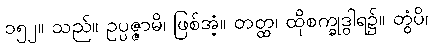
၁၅၂။ သည်။ ဥပ္ပဇ္ဇာမိ၊ ဖြစ်အံ့။ တတ္ထ၊ ထိုစက္ခုဒွါရ၌။ တွံပိ၊